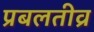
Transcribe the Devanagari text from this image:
प्रबलतीव्र